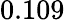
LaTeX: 0.109